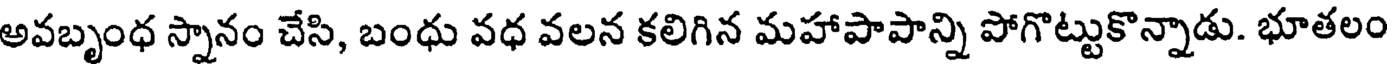
అవబృంధ స్నానం చేసి, బంధు వధ వలన కలిగిన మహాపాపాన్ని పోగొట్టుకొన్నాడు. భూతలం